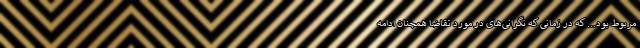
مربوط بود... که در زمانی که نگرانی‌های در مورد تقاضا همچنان ادامه